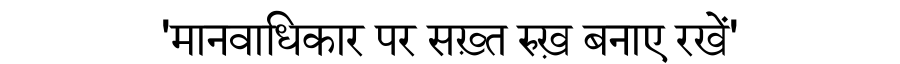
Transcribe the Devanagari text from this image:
'मानवाधिकार पर सख़्त रुख़ बनाए रखें'